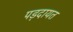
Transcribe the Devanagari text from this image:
पड़दायत